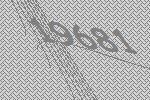
19681